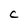
Character: C